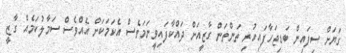
ގަޔަށް ސިފައިން ބަޑިޖަހާފައިހުރި ތަންތަން ގާޒީއަށް ދައްކާފައިވީނަމަވެސް އެކަމަކަށް އެއްވެސް ސަމާލުކަމެއް ގާޒީ